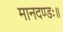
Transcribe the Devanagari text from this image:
मानदण्डः॥